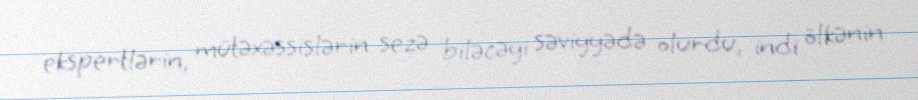
ekspertlərin, mütəxəssislərin sezə biləcəyi səviyyədə olurdu, indi ölkənin